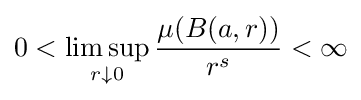
0<\limsup _{r\downarrow 0}{\frac {\mu (B(a,r))}{r^{s}}}<\infty